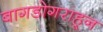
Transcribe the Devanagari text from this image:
बागडोगराहून